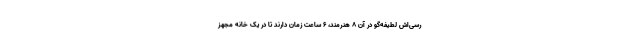
رسی‌اش لطیفه‌گو در آن ۸ هنرمند، ۶ ساعت زمان دارند تا در یک خانه مجهز